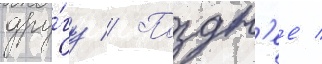
дру́гу // Поздн'ее /